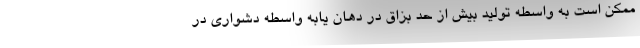
ممکن است به واسطه تولید بیش از حد بزاق در دهان یابه واسطه دشواری در